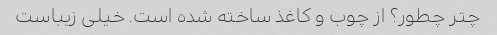
چتر چطور؟ از چوب و کاغذ ساخته شده است. خیلی زیباست